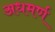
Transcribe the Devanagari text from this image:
अधमर्ण